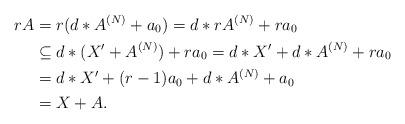
LaTeX: \begin{align*}rA & = r(d\ast A^{(N)} + a_0) = d\ast rA^{(N)} + ra_0 \\& \subseteq d\ast (X'+ A^{(N)}) + ra_0 = d\ast X' + d\ast A^{(N)} + ra_0 \\& = d\ast X' + (r-1)a_0 + d\ast A^{(N)} + a_0 \\ & = X + A.\end{align*}